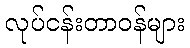
လုပ်ငန်းတာဝန်များ